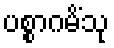
ပစ္စာဂမိံသု